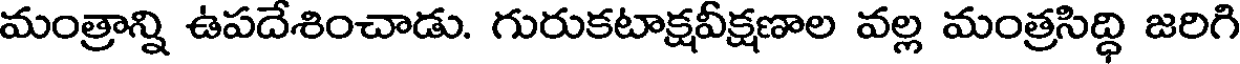
మంత్రాన్ని ఉపదేశించాడు. గురుకటాక్షవీక్షణాల వల్ల మంత్రసిద్ధి జరిగి